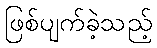
ဖြစ်ပျက်ခဲ့သည့်